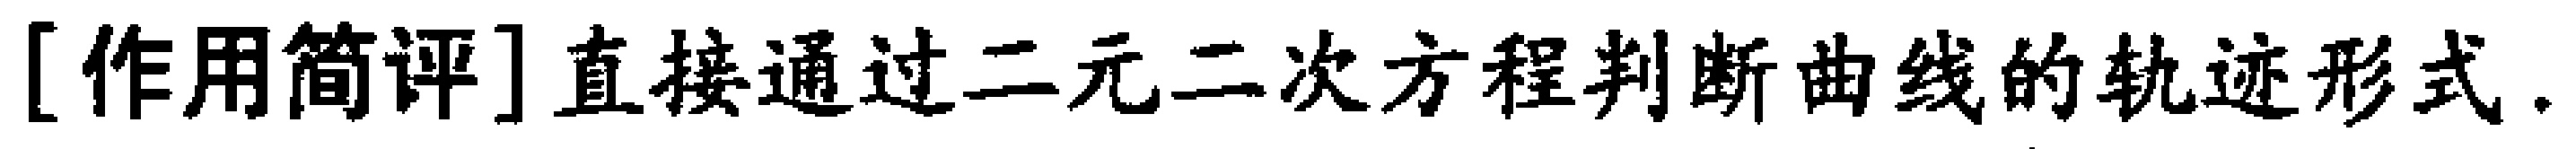
[作用简评]直接通过二元二次方程判断曲线的轨迹形式.